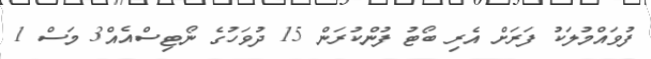
ފުވައްމުލަކު ފަރަށް އެރި ބޯޓު ފުންކުރަން 15 ދުވަހުގެ ނޯޓިސްއެއް3 މަސް 1